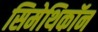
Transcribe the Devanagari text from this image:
सिमेथिकॉन